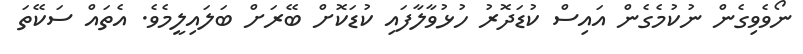
ނޯވެވިގެން ނުކުމެގެން އައިސް ކުޑަދޮރު ހުޅުވާލާފައި ކުޑަކޮށް ބޭރަށް ބަލައިލީމެވެ. އެތައް ސަކޭތަ